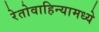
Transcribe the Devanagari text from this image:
रेतोवाहिन्यामध्ये